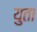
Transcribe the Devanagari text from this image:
युता